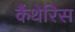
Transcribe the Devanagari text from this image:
कैंथेरिस